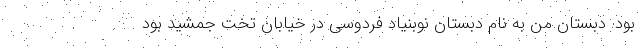
بود. دبستان من به نام دبستان نوبنیاد فردوسی در خیابان تخت جمشید بود